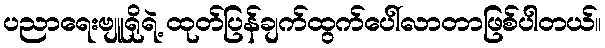
ပညာရေးဗျူရိုရဲ့ ထုတ်ပြန်ချက်ထွက်ပေါ်လာတာဖြစ်ပါတယ်။